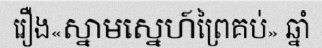
រឿង«ស្នាមស្នេហ៍ព្រៃគប់» ឆ្នាំ